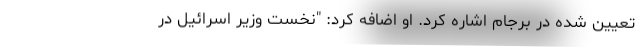
تعیین شده در برجام اشاره کرد. او اضافه کرد: "نخست وزیر اسرائیل در